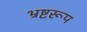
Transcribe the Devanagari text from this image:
भ्रष्टरूप